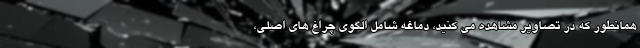
همانطور که در تصاویر مشاهده می کنید، دماغه شامل الگوی چراغ های اصلی،